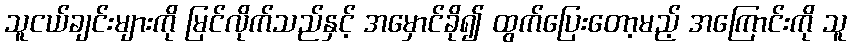
သူငယ်ချင်းများကို မြင်လိုက်သည်နှင့် အမှောင်ခို၍ ထွက်ပြေးတော့မည့် အကြောင်းကို သူ